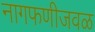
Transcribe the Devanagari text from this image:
नागफणीजवळ